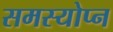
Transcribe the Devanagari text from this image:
समस्योप्न